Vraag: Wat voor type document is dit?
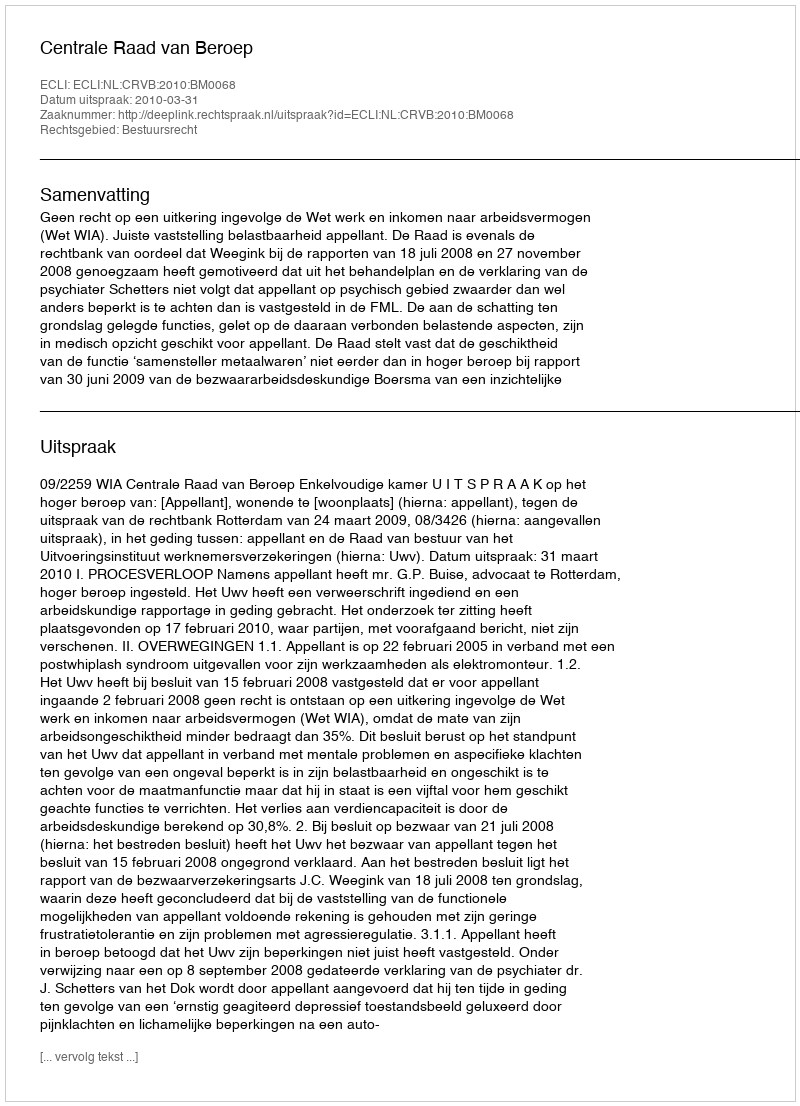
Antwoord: Uitspraak